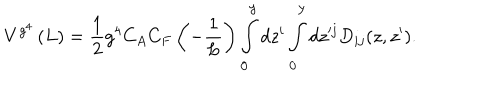
LaTeX: V ^ { g ^ { 4 } } \left( L \right) = \frac { 1 } { 2 } g ^ { 4 } C _ { A } C _ { F } \left( { - \frac { 1 } { L } } \right) \int _ { \bf 0 } ^ { \bf y } { d z ^ { i } } \int _ { \bf 0 } ^ { \bf y } { d z ^ { \prime j } } D _ { i j } ( z , z ^ { \prime } ) .